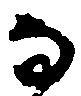
な